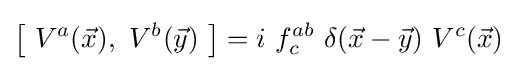
{\bigl [}\ V^{a}({\vec {x}}),\ V^{b}({\vec {y}})\ {\bigr ]}=i\ f_{c}^{ab}\ \delta ({\vec {x}}-{\vec {y}})\ V^{c}({\vec {x}})\